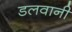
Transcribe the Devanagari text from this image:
डलवानी